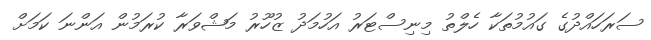
ސަރަހައްދުގެ ގައުމުތަކާ ހެލްތު މިނިސްޓަރު އަހުމަދު ޒުހޫރު މަޝްވަރާ ކުރަމުން އަންނަ ކަމަށް